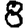
Digit: 8